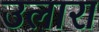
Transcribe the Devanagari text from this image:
उलारा